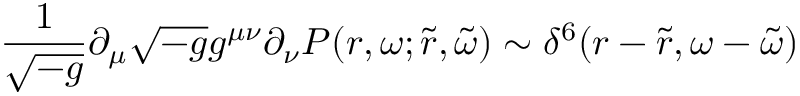
\frac { 1 } { \sqrt { - g } } \partial _ { \mu } \sqrt { - g } g ^ { \mu \nu } \partial _ { \nu } { \cal P } ( r , \omega ; \tilde { r } , \tilde { \omega } ) \sim \delta ^ { 6 } ( r - \tilde { r } , \omega - \tilde { \omega } )